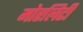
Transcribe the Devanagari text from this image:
मोरलिटी